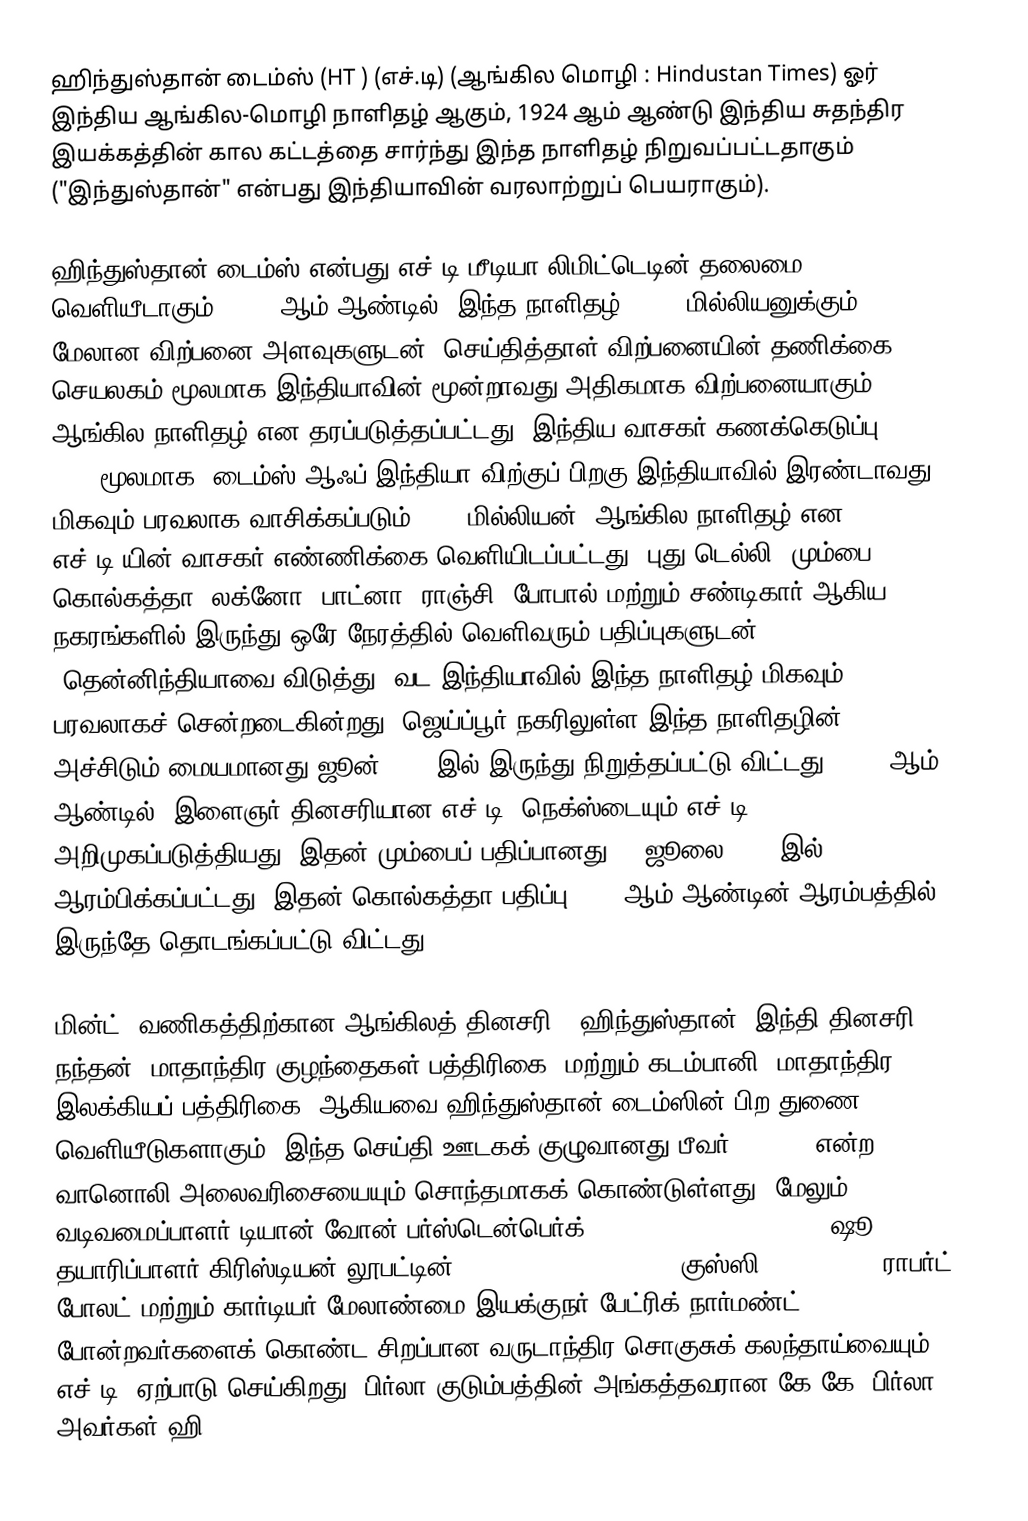
ஹிந்துஸ்தான் டைம்ஸ்  (HT ) (எச்.டி) (ஆங்கில மொழி : Hindustan Times) ஓர் இந்திய ஆங்கில-மொழி நாளிதழ் ஆகும், 1924 ஆம் ஆண்டு இந்திய சுதந்திர இயக்கத்தின் கால கட்டத்தை சார்ந்து இந்த நாளிதழ் நிறுவப்பட்டதாகும் ("இந்துஸ்தான்" என்பது இந்தியாவின் வரலாற்றுப் பெயராகும்).

ஹிந்துஸ்தான் டைம்ஸ் என்பது எச்.டி மீடியா லிமிட்டெடின் தலைமை வெளியீடாகும்.  2008 ஆம் ஆண்டில், இந்த நாளிதழ் (1.14 மில்லியனுக்கும் மேலான விற்பனை அளவுகளுடன்) செய்தித்தாள் விற்பனையின் தணிக்கை செயலகம் மூலமாக இந்தியாவின் மூன்றாவது அதிகமாக விற்பனையாகும் ஆங்கில நாளிதழ் என தரப்படுத்தப்பட்டது.  இந்திய வாசகர் கணக்கெடுப்பு (IRS) 2008 மூலமாக, டைம்ஸ் ஆஃப் இந்தியா விற்குப் பிறகு இந்தியாவில் இரண்டாவது மிகவும்-பரவலாக வாசிக்கப்படும் (6.6 மில்லியன்) ஆங்கில நாளிதழ் என எச்.டி.யின் வாசகர் எண்ணிக்கை வெளியிடப்பட்டது.  புது டெல்லி, மும்பை, கொல்கத்தா, லக்னோ, பாட்னா, ராஞ்சி, போபால் மற்றும் சண்டிகார் ஆகிய நகரங்களில் இருந்து ஒரே நேரத்தில் வெளிவரும் பதிப்புகளுடன் (தென்னிந்தியாவை விடுத்து) வட இந்தியாவில் இந்த நாளிதழ் மிகவும் பரவலாகச் சென்றடைகின்றது. ஜெய்ப்பூர் நகரிலுள்ள இந்த நாளிதழின் அச்சிடும் மையமானது ஜூன் 2006 இல் இருந்து நிறுத்தப்பட்டு விட்டது. 2004 ஆம் ஆண்டில், இளைஞர் தினசரியான எச்.டி.  நெக்ஸ்டையும் எச்.டி. அறிமுகப்படுத்தியது. இதன் மும்பைப் பதிப்பானது 14 ஜூலை 2005 இல் ஆரம்பிக்கப்பட்டது, இதன் கொல்கத்தா பதிப்பு 2000 ஆம் ஆண்டின் ஆரம்பத்தில் இருந்தே தொடங்கப்பட்டு விட்டது.

மின்ட் (வணிகத்திற்கான ஆங்கிலத் தினசரி), ஹிந்துஸ்தான் (இந்தி தினசரி), நந்தன் (மாதாந்திர குழந்தைகள் பத்திரிகை) மற்றும் கடம்பானி (மாதாந்திர இலக்கியப் பத்திரிகை) ஆகியவை ஹிந்துஸ்தான் டைம்ஸின் பிற துணை வெளியீடுகளாகும்.  இந்த செய்தி ஊடகக் குழுவானது பீவர் (Fever) என்ற வானொலி அலைவரிசையையும் சொந்தமாகக் கொண்டுள்ளது.  மேலும், வடிவமைப்பாளர் டியான் வோன் பர்ஸ்டென்பெர்க் (Diane von Fürstenberg), ஷூ தயாரிப்பாளர் கிரிஸ்டியன் லூபட்டின் (Christian Louboutin), குஸ்ஸி (Gucci) CEO ராபர்ட் போலட் மற்றும் கார்டியர் மேலாண்மை இயக்குநர் பேட்ரிக் நார்மண்ட் போன்றவர்களைக் கொண்ட சிறப்பான வருடாந்திர சொகுசுக் கலந்தாய்வையும் எச்.டி. ஏற்பாடு செய்கிறது. பிர்லா குடும்பத்தின் அங்கத்தவரான கே.கே. பிர்லா அவர்கள் ஹி